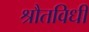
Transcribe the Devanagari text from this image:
श्रौतविधी